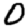
Digit: 0